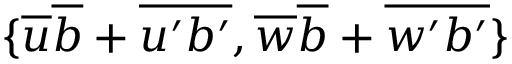
\{ \overline { { u } } \overline { { b } } + \overline { { u ^ { \prime } b ^ { \prime } } } , \overline { { w } } \overline { { b } } + \overline { { w ^ { \prime } b ^ { \prime } } } \}